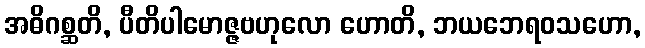
အဓိဂစ္ဆတိ, ပီတိပါမောဇ္ဇဗဟုလော ဟောတိ, ဘယဘေရဝသဟော,